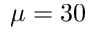
\mu = 3 0